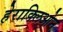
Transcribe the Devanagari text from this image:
हेराक्लिओन